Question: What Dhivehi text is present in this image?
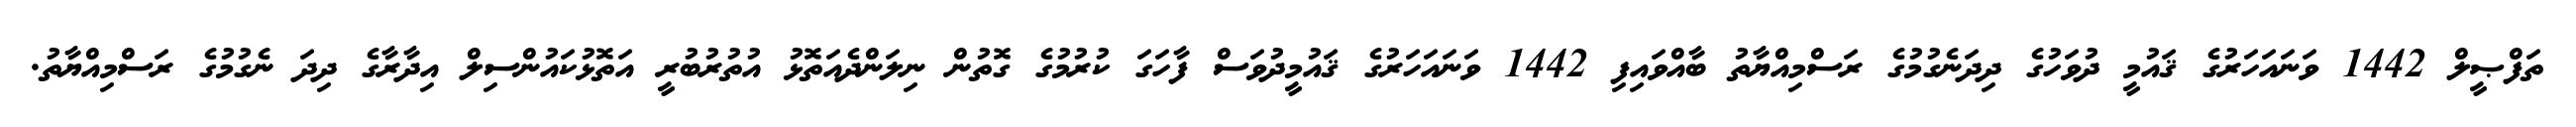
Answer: ތަފްޞީލް 1442 ވަނައަހަރުގެ ޤައުމީ ދުވަހުގެ ދިދަނެގުމުގެ ރަސްމިއްޔާތު ބާއްވައިފި 1442 ވަނައަހަރުގެ ޤައުމީދުވަސް ފާހަގަ ކުރުމުގެ ގޮތުން ނިލަންދެއަތޮޅު އުތުރުބުރީ އަތޮޅުކައުންސިލް އިދާރާގެ ދިދަ ނެގުމުގެ ރަސްމިއްޔާތު.